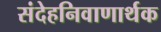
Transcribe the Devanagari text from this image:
संदेहनिवाणार्थक